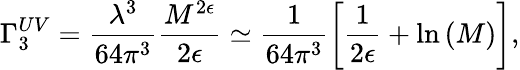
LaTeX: \Gamma_{3}^{UV}=\frac{\lambda^{3}}{64\pi^{3}}\frac{M^{2\epsilon}}{2\epsilon}\simeq\frac{1}{64\pi^{3}}\left[\frac{1}{2\epsilon}+\mathrm{ln}\left(M\right)\right],